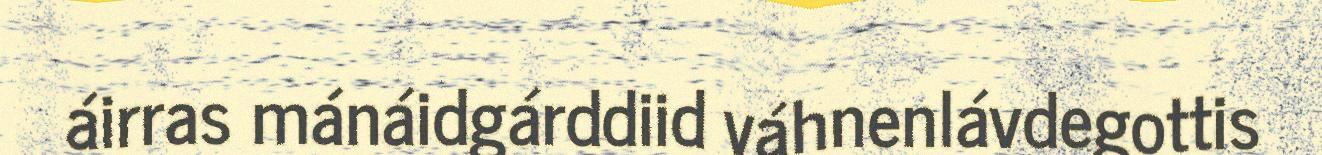
áirras mánáidgárddiid váhnenlávdegottis